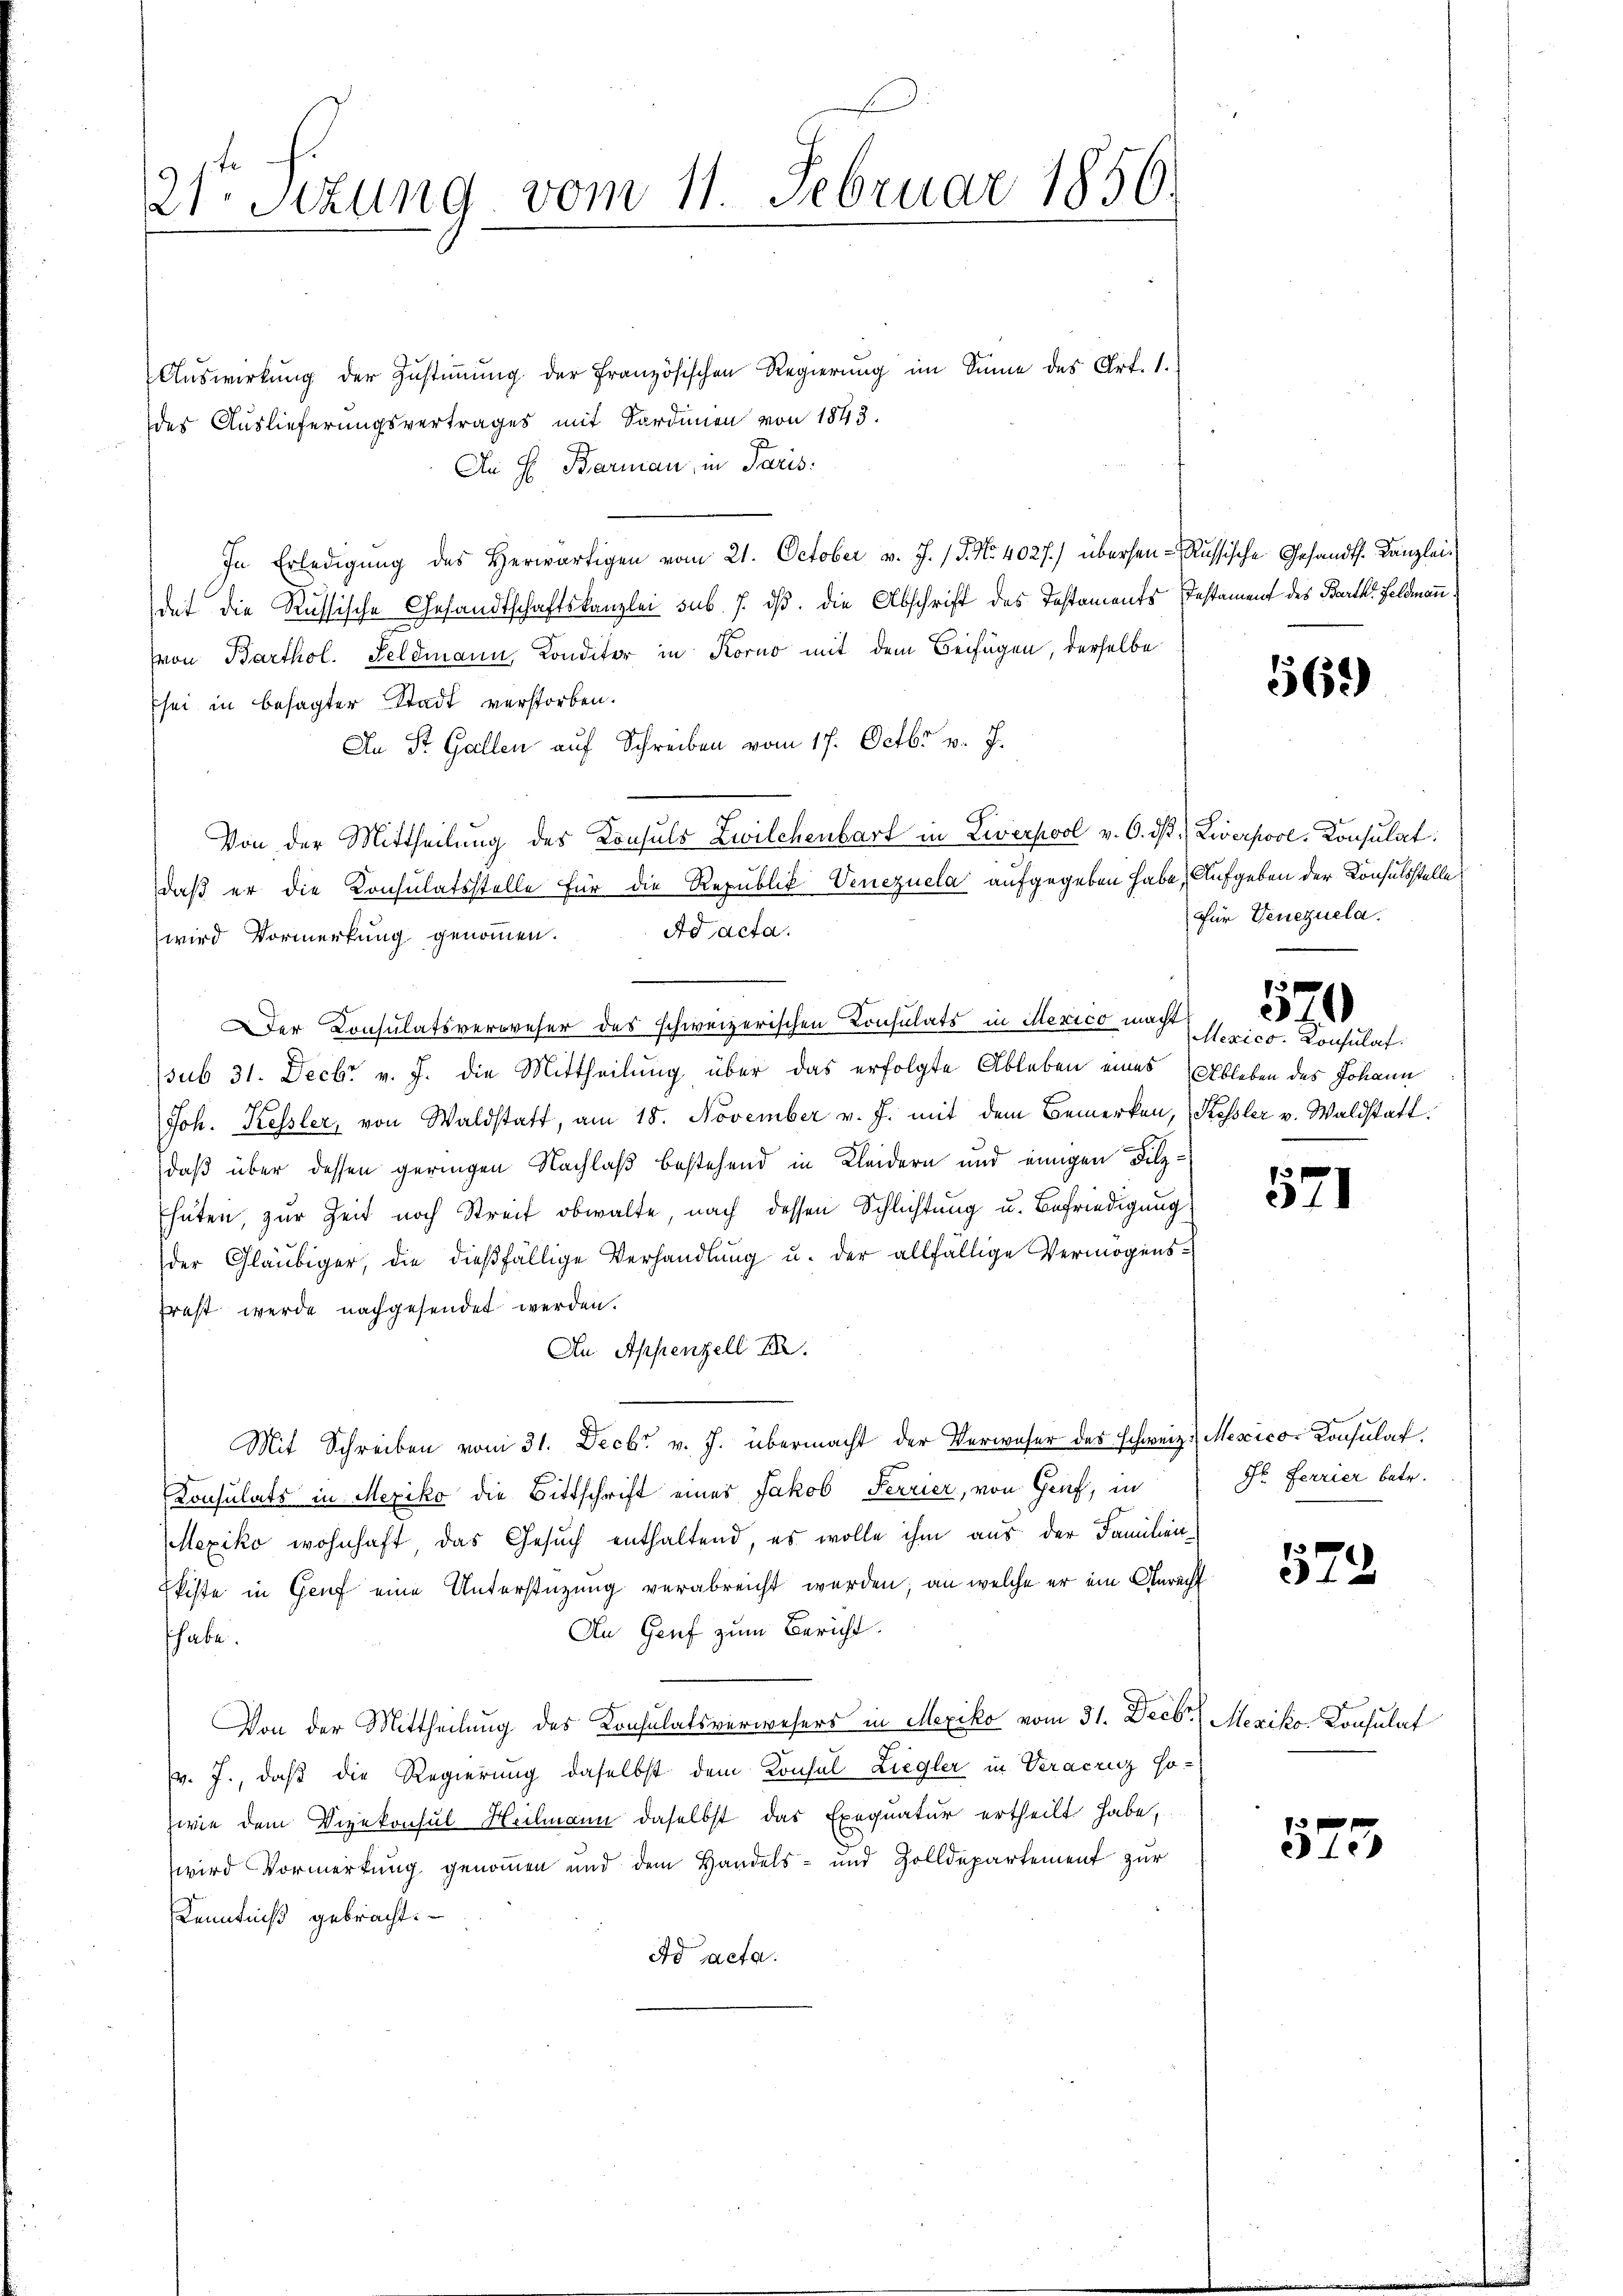
21te Sezung vom 11. Februar 1856.

Auswirkung der Zustimmung der Französischen Regierung im Sinne des Art. 1.
des Auslieferungsvertrages mit Fordenen von 1843.
An H. Barmann, in Paris.
In Erledigŭng des Herwärtigen vom 21. October v. J. J. No. 4027.) übersen-Russische Gesandt. Kanzleidet die Russische Gesandtschaftskanzlei sub. J. dß. Die Abschrift des Testaments Instament des Bartl Feldmann
(von Barthol. Feldmann, Konditor in Korno mit dem Beifügen, derselbe
sei in besagter Stadt verstorben.
An St. Gallen auf Schreiben vom 17. Octbr v. J.
Von der Mittheilung des Konsuls Zwilchenbart in Liverpool v. 6. dβ. Zwerpool-Konsulat
daß er die Konsulatsstelle für die Republik Venezuela aufgegeben habe, Aufgeben der Konsulsstelle
Ad acta.
wird Vormerkung genommen.
Der Consulatsverweser des schweizerischen Consulats in Mexico macht
ssub 31. Decbr v. J. die Mittheilung über das erfolgte Ableben eines Ableben des Johann
Joh. Kessler, von Waldstatt, am 18. November v. J. mit dem Bemerken, Kessler v. Waldstattdaß über dessen geringen Nachlaß bestehend in Kleidern und einigen Filzhüten, zur Zeit noch Streit obwalte, nach dessen Schlichtung u. Befriedigung
der Gläubiger, die dießfällige Verhandlung u. der allfällige Vermögensfrast werde nachgesendet werden.
An Appenzell I.
Mit Schreiben vom 31. Decbr v. J. übermacht der Verweser der schweiz.) Mexico- Konsulat
Consulats in Mexiko die Bittschrift eines Jakob Ferrier, von Genf, in
Mexiko wohnhaft, das Gesuch enthaltend, es wolle ihm aus der Familien-
Ekiste in Genf eine Unterstützung verabreicht werden; an welche er ein Anrecht
An Genf zum Bericht.
habe.
Von der Mittheilung des Konsulatsverwesers in Mexiko vom 31. Decbr. (Mexiko- Konsulat
(v. J., daß die Regierung daselbst dem Konsul Liegler in Veracruz so-
zwie dem Vizekonsul Heilmann daselbst das Exequatur ertheilt habe,
wird Vormerkung genommen und dem Handels- und Zolldepartement zur
Kenntniß gebracht.
Ad acta.

562)

Für Genezuela.

Mexico. Konsulat

570

e
31

Hr. Ferrier betr.

572

1 xx
 18